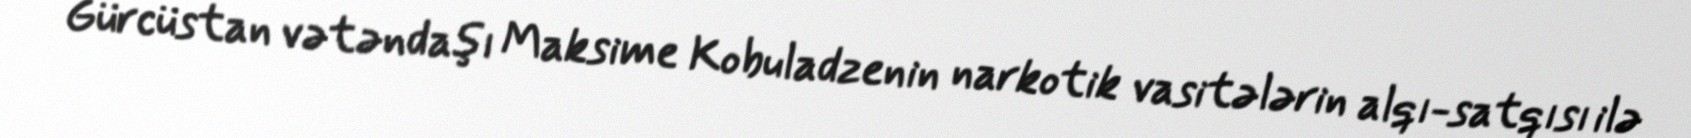
Gürcüstan vətəndaşı Maksime Kobuladzenin narkotik vasitələrin alqı-satqısı ilə